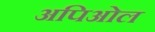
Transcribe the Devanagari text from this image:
अपिओल